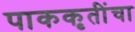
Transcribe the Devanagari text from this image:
पाककृतींचा